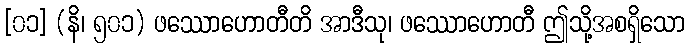
[၀၁] (နိ၊ ၅၀၁) ဖဿောဟောတီတိ အာဒီသု၊ ဖဿောဟောတီ ဤသို့အစရှိသော